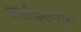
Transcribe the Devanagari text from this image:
हाईडसपीस